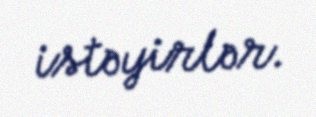
istəyirlər.